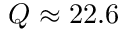
Q \approx 2 2 . 6